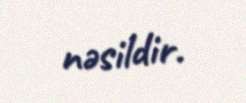
nəsildir.